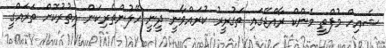
ޝެއިހް މުފްތީ މެންކް ރާއްޖޭގައި ތަގުރީރު ކުރައްވާނީ ދީނީ ހޭލުންތެރިކަން އިތުރުކޮށް ތަރައްގީ